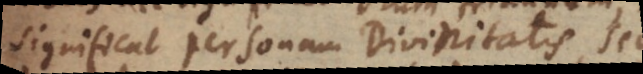
significat personam Divinitatis, sed